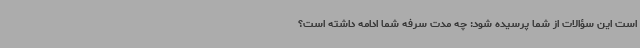
است این سؤالات از شما پرسیده شود: چه مدت سرفه شما ادامه داشته است؟